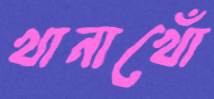
খানাখোঁ